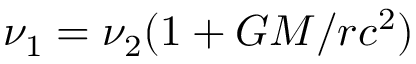
\nu _ { 1 } = \nu _ { 2 } ( 1 + G M / r c ^ { 2 } )